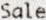
SALE